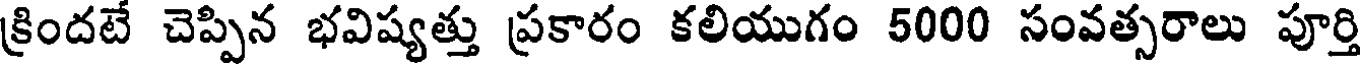
క్రిందటే చెప్పిన భవిష్యత్తు ప్రకారం కలియుగం 5000 సంవత్సరాలు పూర్తి